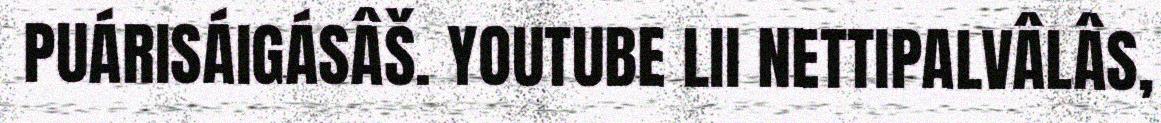
PUÁRISÁIGÁSÂŠ. YOUTUBE LII NETTIPALVÂLÂS,